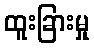
ထူးခြားမှု